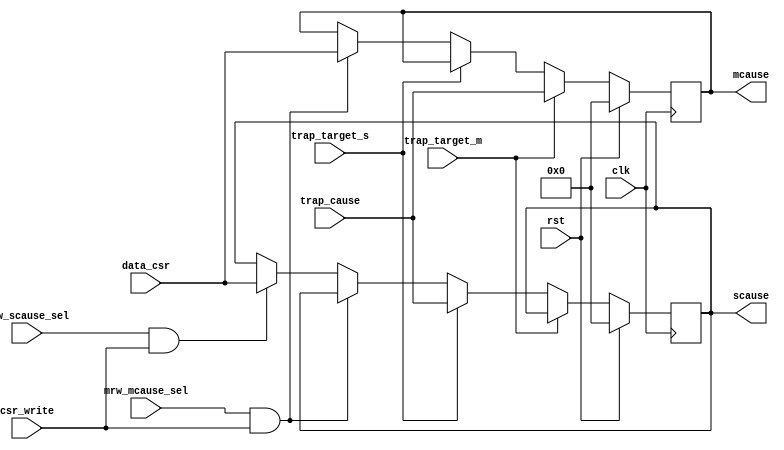
module m_s_cause(
input wire clk,
input wire rst,

//csr
input wire [63:0]trap_cause,
input wire trap_target_m,
input wire trap_target_s,

//
input wire mrw_mcause_sel,
input wire srw_scause_sel,
input wire csr_write,
output reg [63:0]mcause,
output reg [63:0]scause,
input wire [63:0]data_csr

);
always@(posedge clk)begin
	if(rst)begin
		mcause	<=	64'b0;
		scause	<=	64'b0;
	end
	else if(trap_target_m)begin
		mcause	<=	trap_cause;
	end
	else if(trap_target_s)begin
		scause	<=	trap_cause;
	end
	else if(mrw_mcause_sel & csr_write)begin
		mcause	<=	data_csr;
	end
	else if(srw_scause_sel & csr_write)begin
		scause	<=	data_csr;
	end
end

endmodule